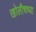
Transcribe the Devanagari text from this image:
खोलीचच्या